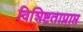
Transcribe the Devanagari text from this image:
विशिष्टताप्राप्त